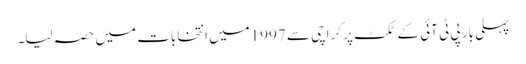
پہلی بار پی ٹی آئی کے ٹکٹ پر کراچی سے 1997میں انتخابات میں حصہ لیا۔